Vaccination in Bombay 1902-1912 - 1902-1912
Year: 1902
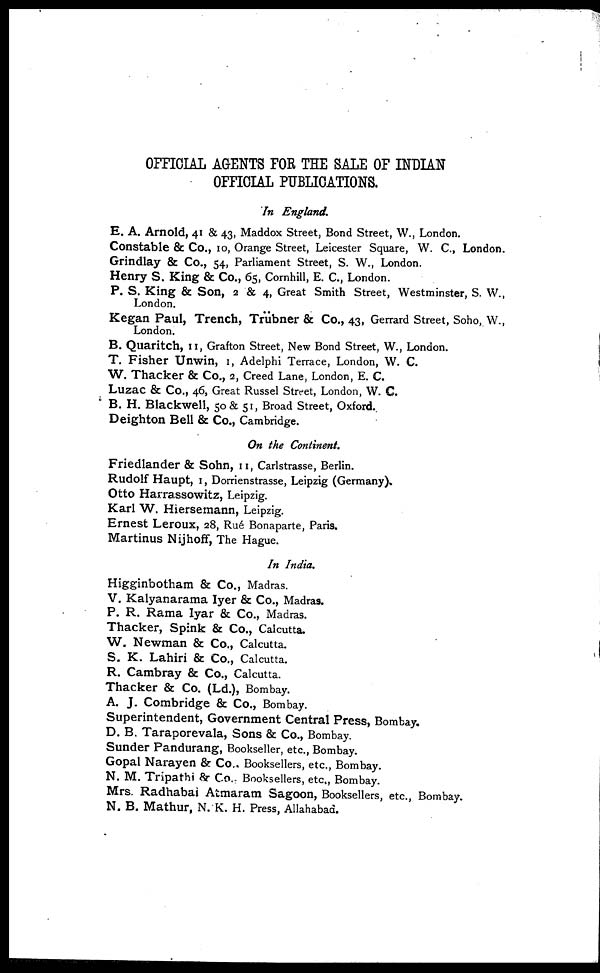
OFFICIAL AGENTS FOR THE SALE OF INDIAN
OFFICIAL PUBLICATIONS.
In England.
E. A. Arnold, 41 & 43, Maddox Street, Bond Street, W., London.
Constable & Co., 10, Orange Street, Leicester Square, W. C., London.
Grindlay & Co., 54, Parliament Street, S. W., London.
Henry S. King & Co., 65, Cornhill, E. C., London.
P. S. King & Son, 2 & 4, Great Smith Street, Westminster, S. W.,
London.
Kegan Paul, Trench, Trübner & Co., 43, Gerrard Street, Soho, W.,
London.
B. Quaritch, 11, Grafton Street, New Bond Street, W., London.
T. Fisher Unwin, 1, Adelphi Terrace, London, W. C.
W. Thacker & Co., 2, Creed Lane, London, E. C.
Luzac & Co., 46, Great Russel Street, London, W. C.
B. H. Blackwell, 50& 51, Broad Street, Oxford.
Deighton Bell & Co., Cambridge.
On the Continent.
Friedlander & Sohn, 11, Carlstrasse, Berlin.
Rudolf Haupt, 1, Dorrienstrasse, Leipzig (Germany).
Otto Harrassowitz, Leipzig.
Karl W. Hiersemann, Leipzig.
Ernest Leroux, 28, Rué Bonaparte, Paris.
Martinus Nijhoff, The Hague.
In India.
Higginbotham & Co., Madras.
V. Kalyanarama Iyer & Co., Madras.
P. R. Rama Iyar & Co., Madras.
Thacker, Spink & Co., Calcutta.
W. Newman & Co., Calcutta.
S. K. Lahiri & Co., Calcutta.
R. Cambray & Co., Calcutta.
Thacker & Co. (Ld.), Bombay.
A. J. Combridge & Co., Bombay.
Superintendent, Government Central Press, Bombay.
D. B. Taraporevala, Sons & Co., Bombay.
Sunder Pandurang, Bookseller, etc., Bombay.
Gopal Narayen & Co.. Booksellers, etc., Bombay.
N. M. Tripathi & Co., Booksellers, etc., Bombay.
Mrs. Radhabai Atmaram Sagoon, Booksellers, etc., Bombay.
N. B. Mathur, N. K. H. Press, Allahabad.